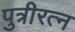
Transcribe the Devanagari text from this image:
पुत्रीरत्न